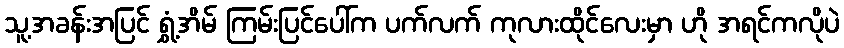
သူ့အခန်းအပြင် ရွှံ့အိမ် ကြမ်းပြင်ပေါ်က ပက်လက် ကုလားထိုင်လေးမှာ ဟို အရင်ကလိုပဲ